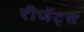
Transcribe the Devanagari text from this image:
रीजेंट्स